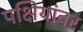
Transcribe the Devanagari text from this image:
पक्षियांवर